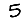
Digit: 5